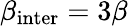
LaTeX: \beta_{\mathrm{{inter}}}=3\beta